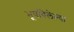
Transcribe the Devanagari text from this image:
भूषविलेल्‍या